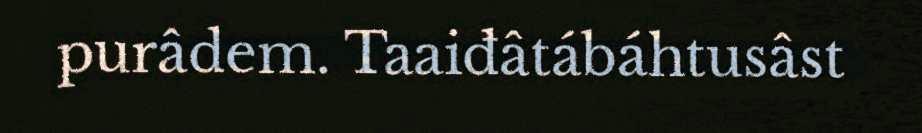
purâdem. Taaiđâtábáhtusâst